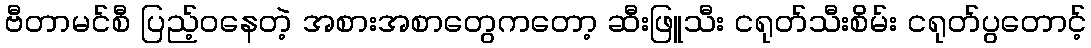
ဗီတာမင်စီ ပြည့်ဝနေတဲ့ အစားအစာတွေကတော့ ဆီးဖြူသီး ငရုတ်သီးစိမ်း ငရုတ်ပွတောင့်